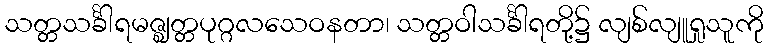
သတ္တသင်္ခါရမဇ္ဈတ္တပုဂ္ဂလသေဝနတာ၊ သတ္တဝါသင်္ခါရတို့၌ လျစ်လျူရှုသူကို